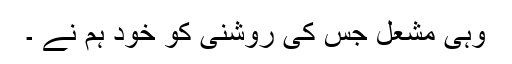
وہی مشعل جس کی روشنی کو خود ہم نے ۔